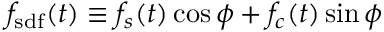
f _ { \mathrm { s d f } } ( t ) \equiv f _ { s } ( t ) \cos \phi + f _ { c } ( t ) \sin \phi